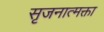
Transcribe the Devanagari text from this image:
सृजनात्मक्ता